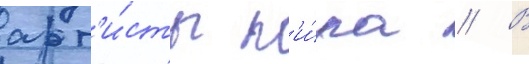
арт'и́сты м'и́ра // В